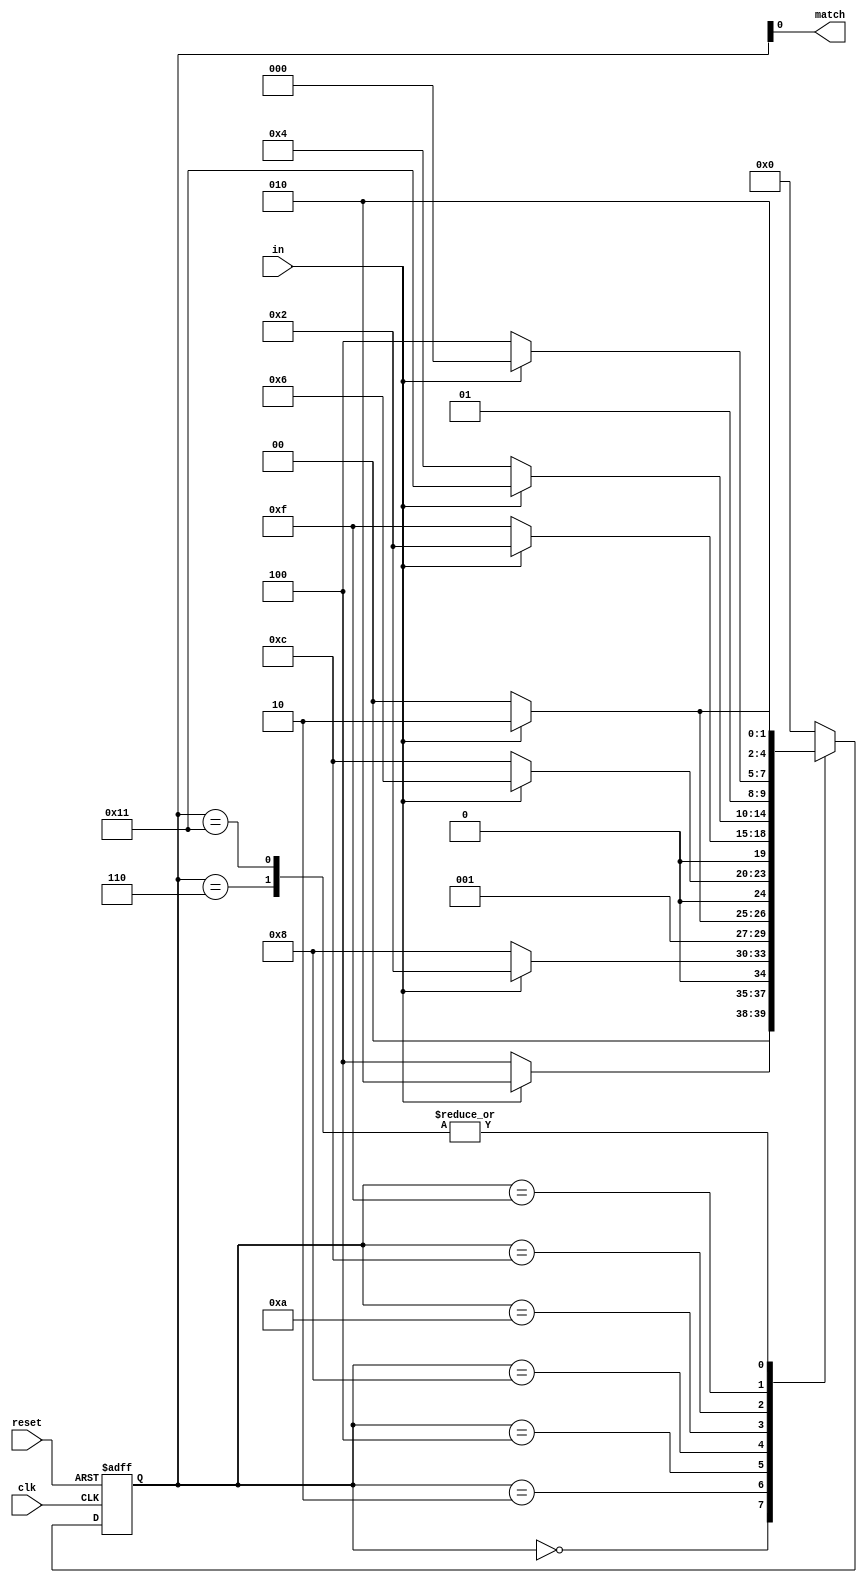
module seq_detector(input clk, input reset, input in, output reg match);
reg [4:0] state;
reg [4:0] next_state;
parameter S0 = 5'b00000; 
parameter S1 = 5'b00010;
parameter S2 = 5'b00100;
parameter S3 = 5'b00110; 
parameter S4 = 5'b01000;
parameter S5 = 5'b01010;
parameter S6 = 5'b01100;
parameter S7 = 5'b01111;
parameter S8 = 5'b10001;

always @(posedge clk or posedge reset) begin
if (reset) begin
state <= S0;
end else begin
state <= next_state;
end
end

always @(*) begin
next_state <= S0;
match <=1'b0;
case (state)
S0: begin
if (in == 1'b0)
next_state <= S2;
else next_state <=S1;
end
S1: begin
if (in == 1'b1) begin
next_state <= S1;
end else if (in == 1'b0) begin
next_state <= S4;
end
end
S2: begin
if (in == 1'b1) begin
next_state <= S3;
end else if (in == 1'b0) begin
next_state <= S2;
end
end
S3: begin
if (in == 1'b0) begin
next_state <= S4;
end else if (in == 1'b1) begin
next_state <= S5;
end
end
S4: begin
if (in == 1'b0) begin
next_state <= S6;
end else if (in == 1'b1) begin
next_state <= S3;
end
end
S5: begin
if (in == 1'b0) begin
next_state <= S7;
end else if (in == 1'b1) begin
next_state <= S1;
end
end
S6: begin
if (in == 1'b0) begin
next_state <= S2;
end else if (in == 1'b1) begin
next_state <= S8;
end
end
S7: begin
if (in == 1'b0) begin
next_state <= S6;
end else if (in == 1'b1) begin
next_state <= S4;
end
end
S8: begin
if (in == 1'b0) begin
next_state <= S4;
end else if (in == 1'b1) begin
next_state <= S5;
end
end
endcase
match <=state[0];
end
endmodule